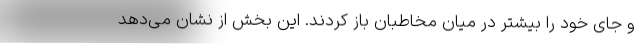
و جای خود را بیشتر در میان مخاطبان باز کردند. این بخش از نشان می‌دهد